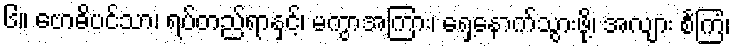
၆။ ဗောဓိပင်သာ၊ ရပ်တည်ရာနှင့်၊ မကွာအကြား၊ ရှေ့နောက်သွားဖို့၊ အလျား စင်္ကြံ၊